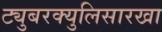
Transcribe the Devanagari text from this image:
ट्युबरक्युलिसारखा